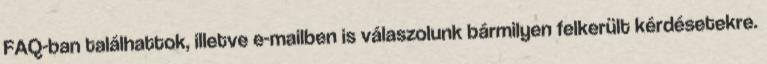
FAQ-ban találhattok, illetve e-mailben is válaszolunk bármilyen felkerült kérdésetekre.